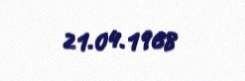
21.04.1968